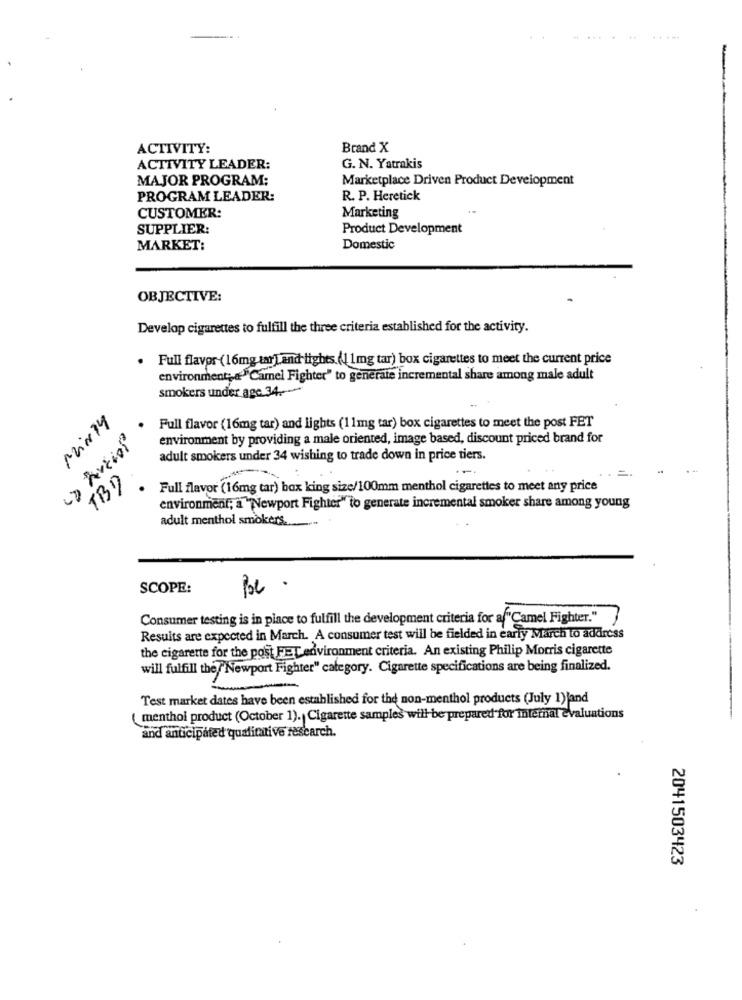
.....
ACTIVITY:
Brand X
ACTIVITY LEADER:
G. N. Yatrakis
MAJOR PROGRAM:
Marketplace Driven Product Development
PROGRAM LEADER:
R. P. Heretick
CUSTOMER:
Marketing
SUPPLIER:
Product Development
MARKET:
Domestic
OBJECTIVE:
Develop cigarettes to fulfill the three criteria established for the activity.
. Full flavor (16mg tar Land tights. (1 1mg tar) box cigarettes to meet the current price
environment; d" Camel Fighter" to generate incremental share among male adult
smokers under age 34 .-
Mix 14
Full flavor (16mg tar) and lights (11mg tar) box cigarettes to meet the post FET
environment by providing a male oriented, image based, discount priced brand for
adult smokers under 34 wishing to trade down in price tiers.
...
TBD
Jotzay en
Full flavor (16mg tar) box king size/100mm menthol cigarettes to meet any price
environment; a "Newport Fighter" to generate incremental smoker share among young
adult menthol smokers.
SCOPE:
pe .
Consumer testing is in place to fulfill the development criteria for a "Camel Fighter."
Results are expected in March. A consumer test will be fielded in early March to address
the cigarette for the post FET environment criteria. An existing Philip Morris cigarette
will fulfill the/"Newport Fighter" category. Cigarette specifications are being finalized.
Test market dates have been established for the non-menthol products (July 1)fand
menthol product (October 1). Cigarette samples will be prepared for internal evaluations
and anticipated qualitative research.
2041503423